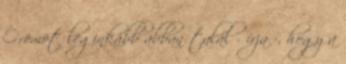
Örömöt leginkább abban talál - írja -, hogy a